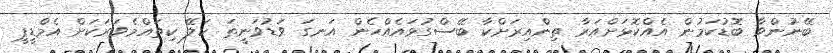
ބޭނުންވާ ބޮޑުކަމުން އެއްކޮޅަށްއަރާ ތިންއިރަށްކާ ބޭސްގުޅައެއްހެން އަނގަ ވަޑުވަނީތަ ކަލޭ ކިތައްމެވަރަކަށް އެމްޑީޕީ